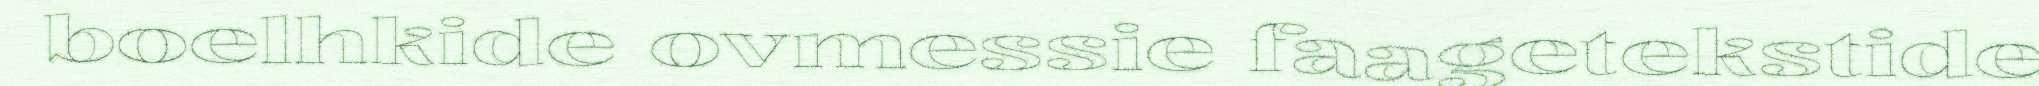
boelhkide ovmessie faagetekstide